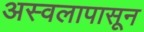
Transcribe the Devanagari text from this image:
अस्वलापासून